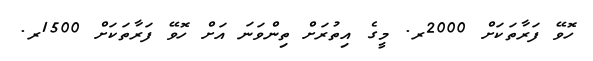
ހޮވޭ ފަރާތަކަށް 2000ރ. މީގެ އިތުރަށް ތިންވަނަ އަށް ހޮވޭ ފަރާތަކަށް 1500ރ.